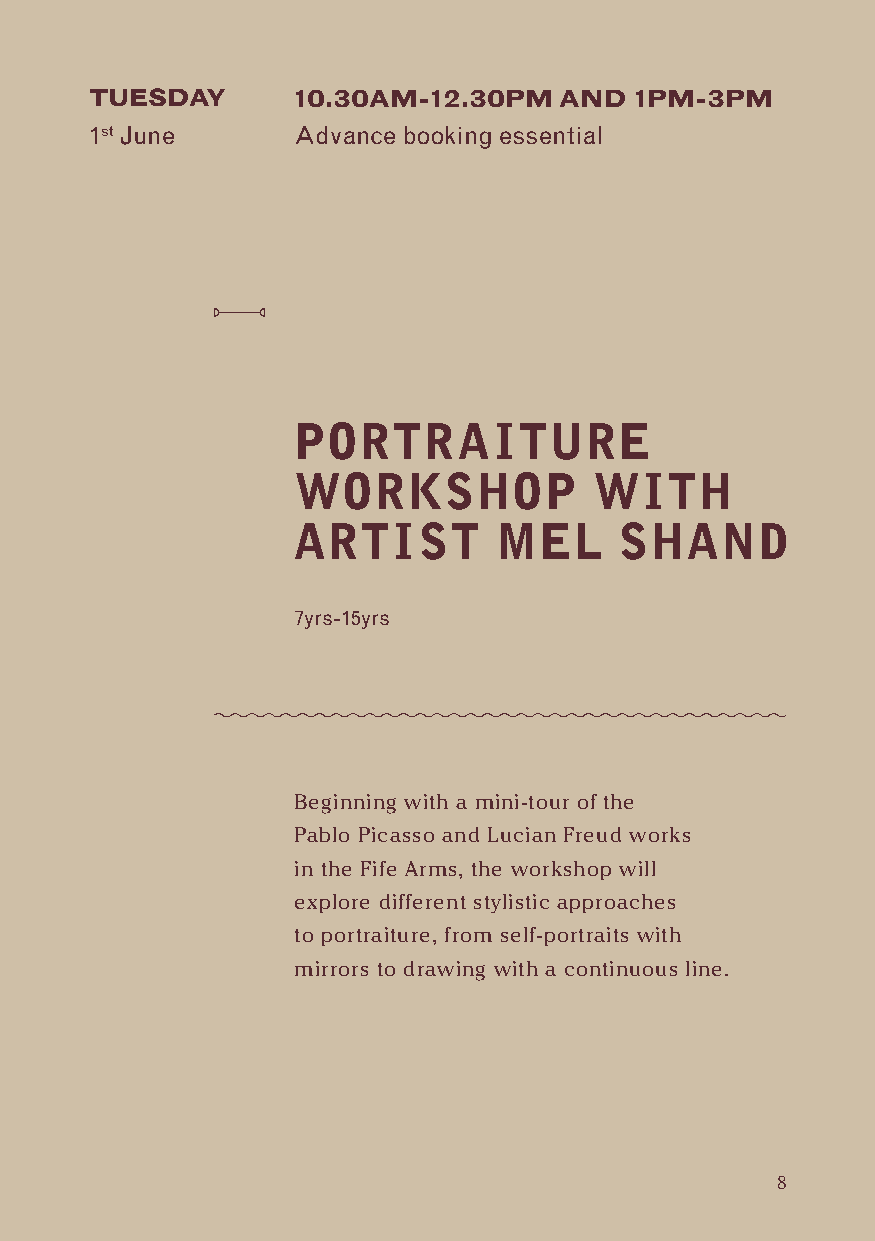
TUESDAY      10.30AM-12.30PM   AND  1PM-3PM
 1st June     Advance booking essential
 PORTRAITURE
 WORKSHOP            WITH
 ARTIST        MEL     SHAND
 7yrs-15yrs
 Beginning with a mini-tour of the
 Pablo Picasso and Lucian Freud works
 in the Fife Arms, the workshop will
 explore different stylistic approaches
 to portraiture, from self-portraits with
 mirrors to drawing with a continuous line.
 8